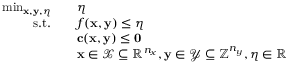
\begin{array} { r l } { \operatorname* { m i n } _ { \mathbf { x } , \mathbf { y } , \eta } \quad } & { \eta } \\ { \mathrm { s . t . } \quad } & { f ( \mathbf { x } , \mathbf { y } ) \leq \eta } \\ & { \mathbf { c } ( \mathbf { x } , \mathbf { y } ) \leq \mathbf { 0 } } \\ & { \mathbf { x } \in \mathcal { X } \subseteq \mathbb { R } ^ { n _ { x } } , \mathbf { y } \in \mathcal { Y } \subseteq \mathbb { Z } ^ { n _ { y } } , \eta \in \mathbb { R } } \end{array}